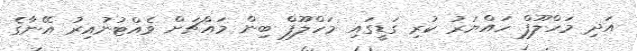
އަދި މަހްލޫފް ހައްޔަރު ކުރި ގަޑީގައި މަހްލޫފް ބިން މައްޗަށް ވެއްޓުނުއިރު އޭނާގެ